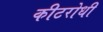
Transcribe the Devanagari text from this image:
कीटरोधी